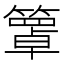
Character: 𥵙